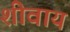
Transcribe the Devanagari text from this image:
शीवाय